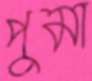
পুমা